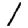
Digit: 1